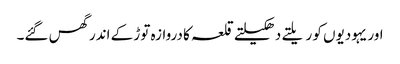
اور یہودیوں کو ریلتے دھکیلتے قلعہ کا دروازہ توڑ کے اندر گھس گئے۔